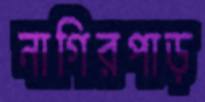
নাগিরপাড়